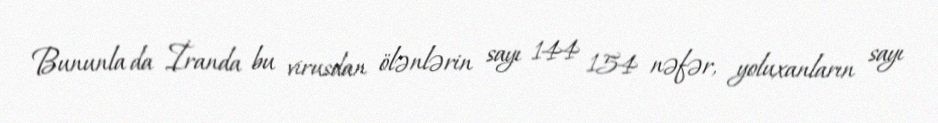
Bununla da İranda bu virusdan ölənlərin sayı 144 154 nəfər, yoluxanların sayı